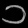
Digit: ၁